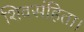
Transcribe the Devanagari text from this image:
शिवसंहिता।